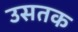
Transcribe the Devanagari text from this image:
उसतक